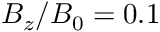
B _ { z } / B _ { 0 } = 0 . 1